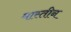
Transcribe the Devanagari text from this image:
मास्तीन